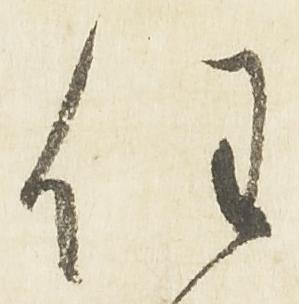
任